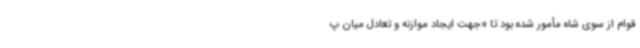
قوام از سوی شاه مأمور شده بود تا «جهت ایجاد موازنه و تعادل میان پ